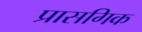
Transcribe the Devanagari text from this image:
प्रासगिक